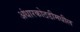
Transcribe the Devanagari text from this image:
अंधारकोठडीमधील